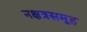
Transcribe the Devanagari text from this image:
नक्षत्रसमूह